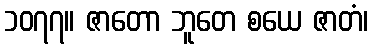
၁၀၇၇။ ဇာတော ဘူတေ စယေ ဇာတံ၊